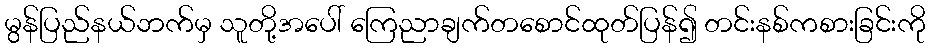
မွန်ပြည်နယ်ဘက်မှ သူတို့အပေါ် ကြေညာချက်တစောင်ထုတ်ပြန်၍ တင်းနစ်ကစားခြင်းကို